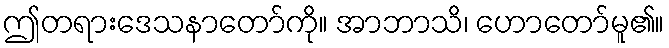
ဤတရားဒေသနာတော်ကို။ အာဘာသိ၊ ဟောတော်မူ၏။